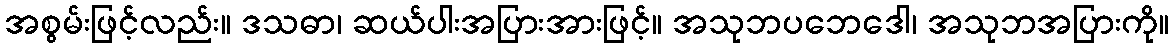
အစွမ်းဖြင့်လည်း။ ဒသဓာ၊ ဆယ်ပါးအပြားအားဖြင့်။ အသုဘပဘေဒေါ၊ အသုဘအပြားကို။